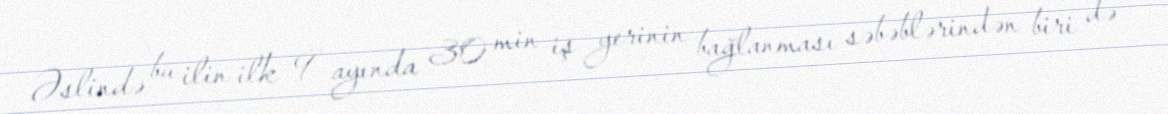
Əslində bu ilin ilk 9 ayında 30 min iş yerinin bağlanması səbəblərindən biri də